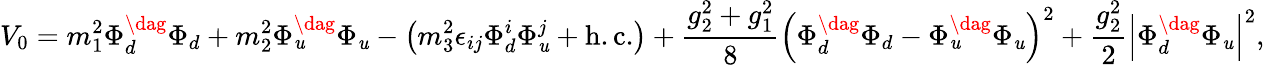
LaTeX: V_{0}=m_{1}^{2}\Phi_{d}^{\dag}\Phi_{d}+m_{2}^{2}\Phi_{\mathit{u}}^{\dag}\Phi_{\mathit{u}}-\left(m_{3}^{2}\epsilon_{ij}\Phi_{d}^{i}\Phi_{\mathit{u}}^{j}+\mathrm{{h.c.}}\right)+\frac{{g_{2}^{2}+g_{1}^{2}}}{{8}}\left(\Phi_{d}^{\dag}\Phi_{d}-\Phi_{\mathit{u}}^{\dag}\Phi_{\mathit{u}}\right)^{2}+\frac{{g_{2}^{2}}}{{2}}\left|\Phi_{d}^{\dag}\Phi_{\mathit{u}}\right|^{2},